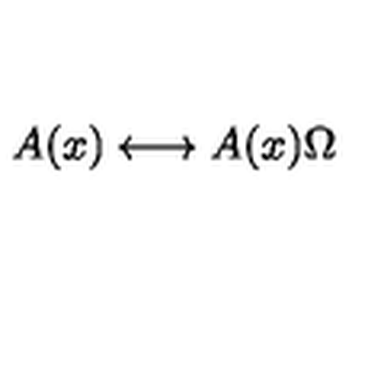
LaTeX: A ( x ) \longleftrightarrow A ( x ) \Omega